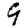
Digit: 9